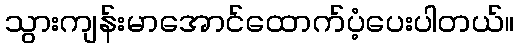
သွားကျန်းမာအောင်ထောက်ပံ့ပေးပါတယ်။